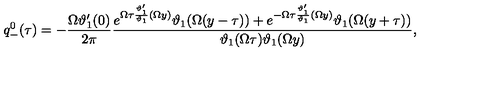
q _ { - } ^ { 0 } ( \tau ) = - \frac { \Omega \vartheta _ { 1 } ^ { \prime } ( 0 ) } { 2 \pi } \frac { e ^ { \Omega \tau \frac { \vartheta _ { 1 } ^ { \prime } } { \vartheta _ { 1 } } ( \Omega y ) } \vartheta _ { 1 } ( \Omega ( y - \tau ) ) + e ^ { - \Omega \tau \frac { \vartheta _ { 1 } ^ { \prime } } { \vartheta _ { 1 } } ( \Omega y ) } \vartheta _ { 1 } ( \Omega ( y + \tau ) ) } { \vartheta _ { 1 } ( \Omega \tau ) \vartheta _ { 1 } ( \Omega y ) } ,